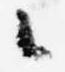
々